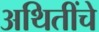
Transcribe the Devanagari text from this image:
अथितींचे